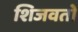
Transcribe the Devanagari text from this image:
शिजवतो